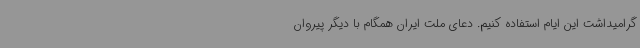
گرامیداشت این ایام استفاده کنیم. دعای ملت ایران همگام با دیگر پیروان